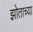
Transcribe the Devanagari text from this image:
झोताच्या